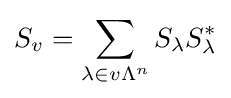
S_{v}=\sum _{\lambda \in v\Lambda ^{n}}S_{\lambda }S_{\lambda }^{*}